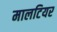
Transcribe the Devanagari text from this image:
मालटियर